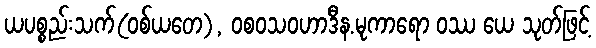
ယပစ္စည်းသက်(ဝစ်ယတေ), ဝစဝသဝဟာဒီန.မုကာရော ဝဿ ယေ သုတ်ဖြင့်